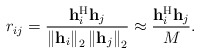
\begin{align*}r_{ij} = {\mathbf{h}_i^{\mathrm{H}} \mathbf{h}_j \over \left\| \mathbf{h}_i \right\|_2 \left\| \mathbf{h}_j \right\|_2} \approx {\mathbf{h}_i^{\mathrm{H}} \mathbf{h}_j \over M}.\end{align*}